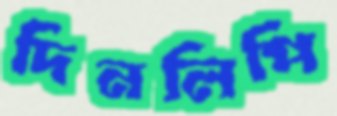
দিনলিপি